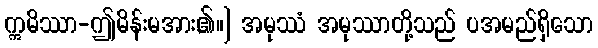
ဣမိဿာ-ဤမိန်းမအား,၏။] အမုဿံ အမုဿာတို့သည် ပအမည်ရှိသော